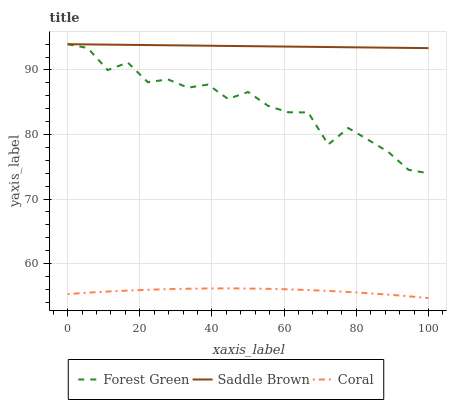
| xaxis_label | Forest Green | Saddle Brown | Coral |
 | --- | --- | --- | --- |
 | 0 | 94 | 94 | 55.3 |
 | 5.56 | 93.4 | 94 | 55.5 |
 | 11.1 | 90 | 93.9 | 55.7 |
 | 16.7 | 91.2 | 93.9 | 55.8 |
 | 22.2 | 88.1 | 93.9 | 55.9 |
 | 27.8 | 88.5 | 93.8 | 56 |
 | 33.3 | 87.3 | 93.8 | 56.1 |
 | 38.9 | 87.7 | 93.8 | 56.1 |
 | 44.4 | 85.5 | 93.7 | 56.1 |
 | 50 | 86.6 | 93.7 | 56.1 |
 | 55.6 | 84.4 | 93.7 | 56.1 |
 | 61.1 | 83.4 | 93.6 | 56 |
 | 66.7 | 83.4 | 93.6 | 55.9 |
 | 72.2 | 78.4 | 93.6 | 55.8 |
 | 77.8 | 81 | 93.5 | 55.6 |
 | 83.3 | 79.2 | 93.5 | 55.4 |
 | 88.9 | 77.3 | 93.5 | 55.2 |
 | 94.4 | 74.5 | 93.4 | 54.9 |
 | 100 | 74 | 93.4 | 54.6 |